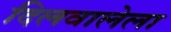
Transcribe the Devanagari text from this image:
दिलवालेला